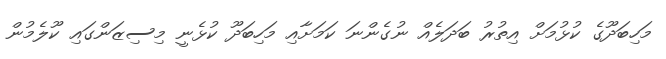
މަހިބަދޫގެ ކުޅުމަށް އިތުރު ބަދަލެއް ނުގެންނަ ކަމަށާއި މަހިބަދޫ ކުޅެނީ މިސިޒަންގައި ކޫލެމުން